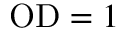
\mathrm { O D } = 1